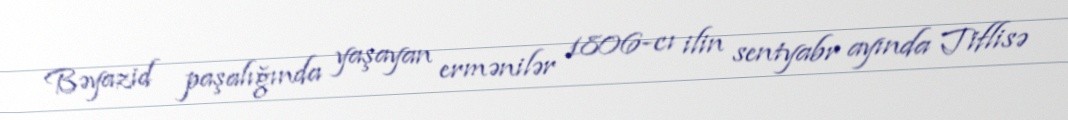
Bəyazid paşalığında yaşayan ermənilər 1806-cı ilin sentyabr ayında Tiflisə